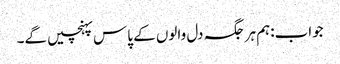
جواب:ہم ہر جگہ دل والوں کے پاس پہنچیں گے۔